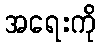
အရေးကို